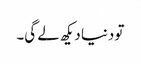
تو دنیا دیکھ لے گی۔